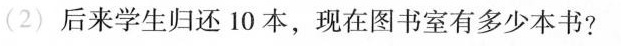
(2)后来学生归还10本，现在图书室有多少本书?